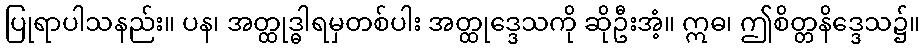
ပြုရာပါသနည်း။ ပန၊ အတ္ထုဒ္ဓါရမှတစ်ပါး အတ္ထုဒ္ဒေသကို ဆိုဦးအံ့။ ဣဓ၊ ဤစိတ္တနိဒ္ဒေသ၌။